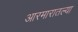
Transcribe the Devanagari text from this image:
आरमारातल्या